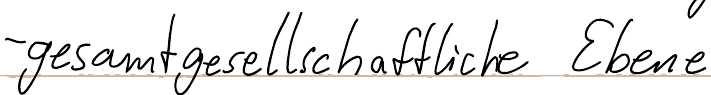
- gesamtgesellschaftliche Ebene